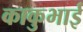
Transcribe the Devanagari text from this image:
काकुभाई